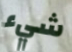
شيء